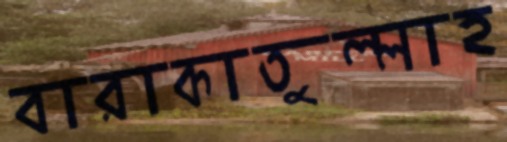
বারাকাতুল্লাহ